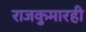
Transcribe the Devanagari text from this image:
राजकुमारही